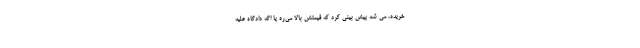
خریده، می ­شه پیش بینی کرد که قیمتش بالا می­ره یا اگه دادگاه علیه